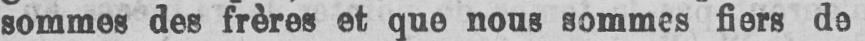
sommes des frères et que nous sommes fiers de